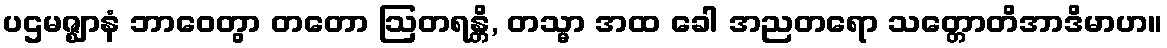
ပဌမဇ္ဈာနံ ဘာဝေတွာ တတော ဩတရန္တိ, တသ္မာ အထ ခေါ အညတရော သတ္တောတိအာဒိမာဟ။